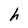
Character: h